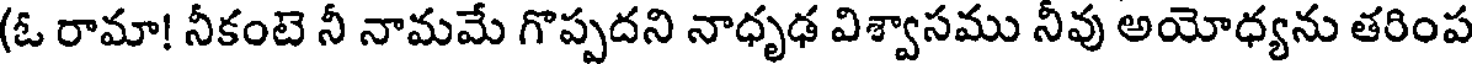
(ఓ రామా! నీకంటె నీ నామమే గొప్పదని నాధృఢ విశ్వాసము నీవు అయోధ్యను తరింప